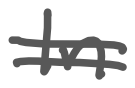
Text: In
Cross-out: double-line
Writing tool: digital_gray